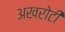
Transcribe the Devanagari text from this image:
अखरोटी